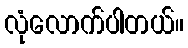
လုံလောက်ပါတယ်။